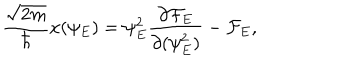
{ \frac { \sqrt { 2 m } } { \hbar } } x ( \psi _ { E } ) = { \psi _ { E } ^ { 2 } } { \frac { \partial { \cal F } _ { E } } { \partial ( \psi _ { E } ^ { 2 } ) } } - { \cal F } _ { E } ,